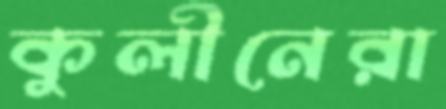
কুলীনেরা